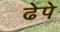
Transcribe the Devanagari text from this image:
ढेपे